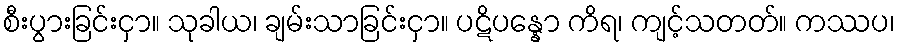
စီးပွားခြင်းငှာ။ သုခါယ၊ ချမ်းသာခြင်းငှာ။ ပဋိပန္နော ကိရ၊ ကျင့်သတတ်။ ကဿပ၊